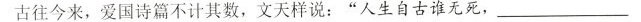
古往今来，爱国诗篇不计其数，文天样说：”人生自古谁无死，___